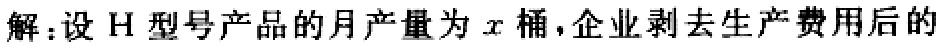
解：设\(H\)型号产品的月产量为\(x\)桶，企业剥去生产费用后的